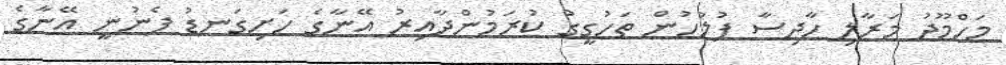
މަހްމޫދު މަރާލި ހާދިސާ ފުލުހުން ތަހުގީގު ކުރަމުންދާއިރު އޭނާގެ ހަށިގަނޑު ފެނުނީ އޭނާގެ